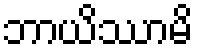
ဘာယိဿာမိ